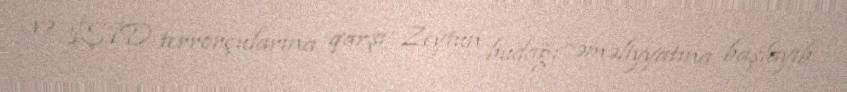
və İŞİD terrorçularına qarşı “Zeytun budağı” əməliyyatına başlayıb.